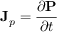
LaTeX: \mathbf { J } _ { p } = { \frac { \partial \mathbf { P } } { \partial t } }